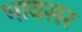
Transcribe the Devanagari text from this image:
भावसर